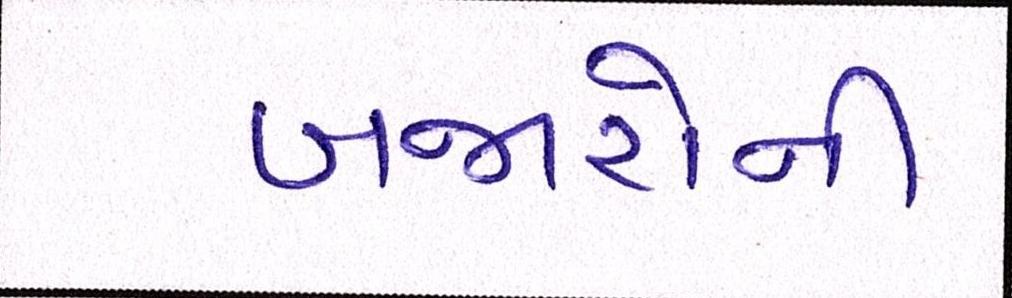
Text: બજારોની